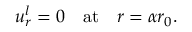
u _ { r } ^ { l } = 0 \quad \mathrm { a t } \quad r = \alpha r _ { 0 } .